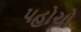
પહોચો